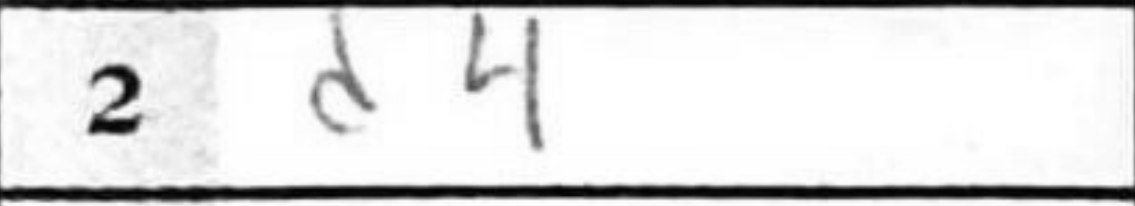
Transcription: d4